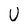
Character: U